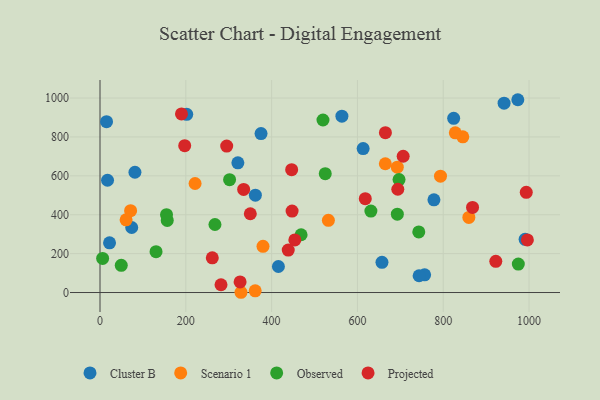
{"axis": {"x": "Price", "y": "Yield"}, "legend": ["Cluster B", "Observed", "Projected", "Scenario 1"], "data": [{"x": "973.8", "y": 991.4, "type": "Cluster B"}, {"x": "756.6", "y": 91.2, "type": "Cluster B"}, {"x": "415.8", "y": 133.8, "type": "Cluster B"}, {"x": "743.7", "y": 86.3, "type": "Cluster B"}, {"x": "613.3", "y": 740.2, "type": "Cluster B"}, {"x": "17.5", "y": 577.3, "type": "Cluster B"}, {"x": "375.3", "y": 817.5, "type": "Cluster B"}, {"x": "81.4", "y": 618.4, "type": "Cluster B"}, {"x": "990.8", "y": 273.6, "type": "Cluster B"}, {"x": "202.1", "y": 916.4, "type": "Cluster B"}, {"x": "22.2", "y": 255.7, "type": "Cluster B"}, {"x": "15.2", "y": 878.7, "type": "Cluster B"}, {"x": "73.9", "y": 334.4, "type": "Cluster B"}, {"x": "941.8", "y": 973.9, "type": "Cluster B"}, {"x": "563.8", "y": 906.7, "type": "Cluster B"}, {"x": "778.3", "y": 476.9, "type": "Cluster B"}, {"x": "657.2", "y": 155.1, "type": "Cluster B"}, {"x": "321.3", "y": 666.7, "type": "Cluster B"}, {"x": "824.3", "y": 896.0, "type": "Cluster B"}, {"x": "362.1", "y": 500.6, "type": "Cluster B"}, {"x": "60.8", "y": 373.8, "type": "Scenario 1"}, {"x": "532.3", "y": 371.1, "type": "Scenario 1"}, {"x": "328.6", "y": 1.3, "type": "Scenario 1"}, {"x": "845.6", "y": 800.4, "type": "Scenario 1"}, {"x": "793.6", "y": 598.3, "type": "Scenario 1"}, {"x": "828.1", "y": 821.3, "type": "Scenario 1"}, {"x": "221.6", "y": 560.6, "type": "Scenario 1"}, {"x": "379.9", "y": 237.6, "type": "Scenario 1"}, {"x": "859.7", "y": 386.2, "type": "Scenario 1"}, {"x": "71.3", "y": 421.1, "type": "Scenario 1"}, {"x": "361.7", "y": 8.7, "type": "Scenario 1"}, {"x": "692.9", "y": 644.5, "type": "Scenario 1"}, {"x": "665.0", "y": 662.3, "type": "Scenario 1"}, {"x": "49.5", "y": 139.7, "type": "Observed"}, {"x": "267.9", "y": 349.8, "type": "Observed"}, {"x": "743.0", "y": 311.6, "type": "Observed"}, {"x": "631.4", "y": 418.7, "type": "Observed"}, {"x": "302.0", "y": 580.4, "type": "Observed"}, {"x": "468.7", "y": 297.1, "type": "Observed"}, {"x": "156.7", "y": 370.9, "type": "Observed"}, {"x": "155.0", "y": 400.5, "type": "Observed"}, {"x": "6.1", "y": 175.4, "type": "Observed"}, {"x": "975.0", "y": 146.4, "type": "Observed"}, {"x": "693.0", "y": 403.1, "type": "Observed"}, {"x": "525.0", "y": 611.1, "type": "Observed"}, {"x": "697.0", "y": 580.8, "type": "Observed"}, {"x": "519.7", "y": 887.1, "type": "Observed"}, {"x": "130.6", "y": 210.3, "type": "Observed"}, {"x": "993.5", "y": 515.5, "type": "Projected"}, {"x": "618.3", "y": 482.7, "type": "Projected"}, {"x": "922.5", "y": 160.4, "type": "Projected"}, {"x": "189.9", "y": 918.5, "type": "Projected"}, {"x": "326.5", "y": 54.7, "type": "Projected"}, {"x": "197.4", "y": 755.0, "type": "Projected"}, {"x": "295.3", "y": 753.1, "type": "Projected"}, {"x": "996.1", "y": 270.5, "type": "Projected"}, {"x": "454.1", "y": 270.6, "type": "Projected"}, {"x": "706.6", "y": 700.8, "type": "Projected"}, {"x": "282.0", "y": 40.0, "type": "Projected"}, {"x": "447.7", "y": 419.0, "type": "Projected"}, {"x": "694.1", "y": 531.1, "type": "Projected"}, {"x": "261.7", "y": 178.6, "type": "Projected"}, {"x": "665.2", "y": 822.1, "type": "Projected"}, {"x": "868.3", "y": 437.7, "type": "Projected"}, {"x": "350.3", "y": 405.2, "type": "Projected"}, {"x": "334.8", "y": 530.3, "type": "Projected"}, {"x": "438.7", "y": 218.4, "type": "Projected"}, {"x": "446.7", "y": 631.6, "type": "Projected"}]}